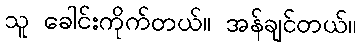
သူ ခေါင်းကိုက်တယ်။ အန်ချင်တယ်။